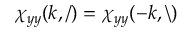
\chi _ { y y } ( k , / ) = \chi _ { y y } ( - k , \backslash )